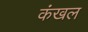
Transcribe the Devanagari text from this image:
कंखल